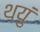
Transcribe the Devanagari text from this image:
थयुं